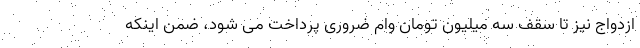
ازدواج نیز تا سقف سه میلیون تومان وام ضروری پرداخت می شود، ضمن اینکه